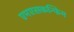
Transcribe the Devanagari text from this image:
एमएसकन्फिग